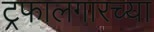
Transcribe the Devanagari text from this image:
ट्रफालगारच्या